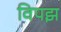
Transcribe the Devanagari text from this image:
विपझ